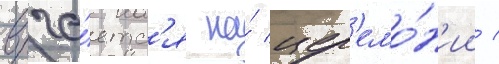
вруча́етс'я на́ цер'емо́н'ии /